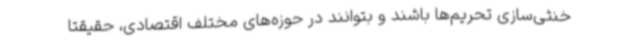
خنثی‌سازی تحریم‌ها باشند و بتوانند در حوزه‌های مختلف اقتصادی، حقیقتاً